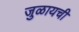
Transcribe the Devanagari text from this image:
जुळायची